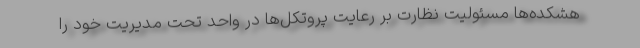
هشکده‌ها مسئولیت نظارت بر رعایت پروتکل‌ها در واحد تحت مدیریت خود را